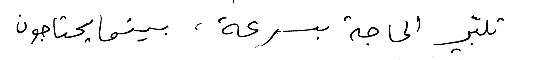
تلبّي الحاجة بسرعة ، بينما يحتاجون